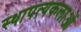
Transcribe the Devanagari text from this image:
स्थापत्यकलाओं